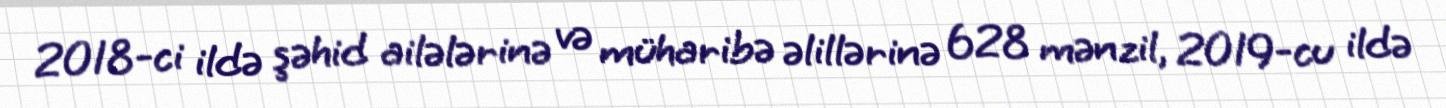
2018-ci ildə şəhid ailələrinə və müharibə əlillərinə 628 mənzil, 2019-cu ildə